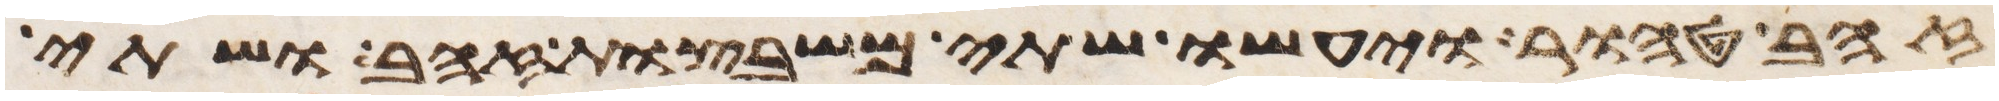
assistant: זהב טהור ויעשו שתי משבצות זהב ושתי